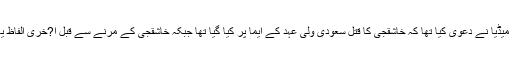
یاد رہے کہ چند روز قبل امریکی میڈیا نے دعویٰ کیا تھا کہ خاشقجی کا قتل سعودی ولی عہد کے ایما پر کیا گیا تھا جبکہ خاشقجی کے مرنے سے قبل ا?خری الفاظ یہ تھے کہ ’میرا دم گھٹ رہا ہے‘۔